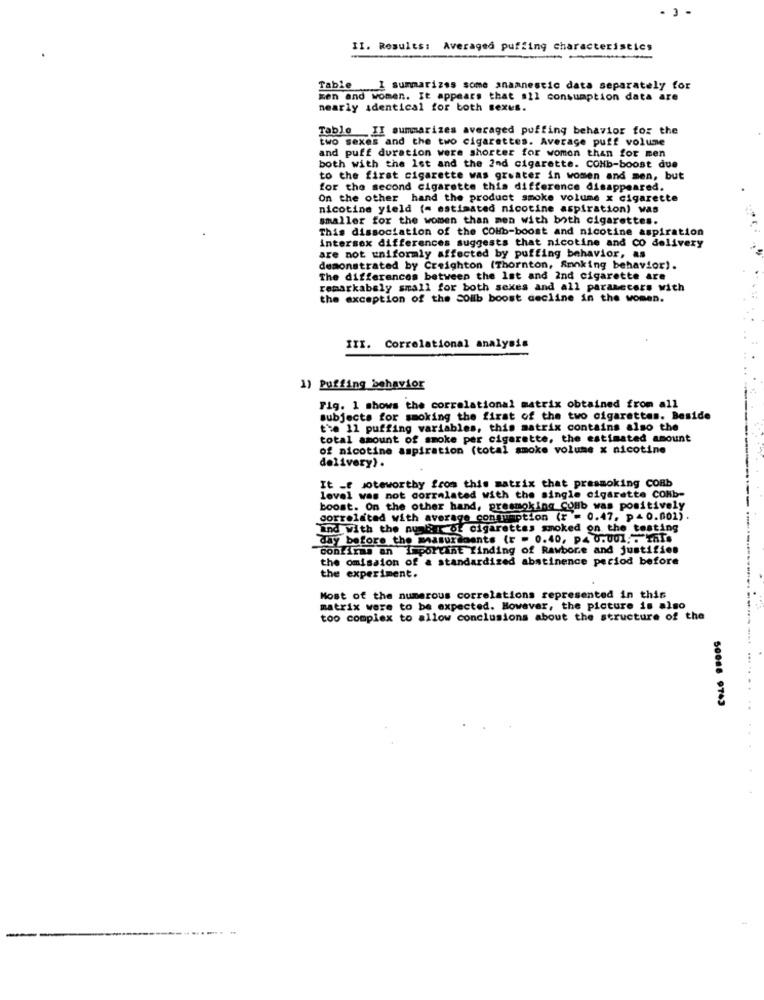
II. Results: Averaged puffing characteristics
Table I summarizes some anamnestic data separately for
men and women. It appears that all consumption data are
nearly identical for both sexus.
Table II summarizes averaged puffing behavior for the
two sexes and the two cigarettes. Average puff volume
and puff duration were shorter for women than for men
both with the Ist and the 2nd cigarette. CONb-boost due
to the first cigarette was greater in women and men, but
for the second cigarette this difference disappeared.
On the other hand the product smoke volume x cigarette
nicotine yield (= estimated nicotine aspiration) was
smaller for the women than men with both cigarettes.
This dissociation of the COHb-boost and nicotine aspiration
intersex differences suggests that nicotine and CO delivery
are not uniformly affected by puffing behavior, as
demonstrated by Creighton (Thornton, Smoking behavior).
The differences between the 1st and 2nd cigarette are
remarkabely small for both sexes and all parameters with
the exception of the Soilb boost decline in the women.
III. Correlational analysis
1) Puffing behavior
Fig. 1 shows the correlational matrix obtained from all
subjects for smoking the first of the two cigarettes. Beside
the 11 puffing variables, this matrix contains also the
total amount of smoke per cigarette, the estimated amount
of nicotine aspiration (total smoke volume x nicotine
delivery).
It -f noteworthy from this matrix that prasmoking CORb
lovel was not correlated with the single cigarette CONb-
boost. On the other hand, presmoking Comb was positively
correlated with average consumption (r = 0.47, p= 0.001).
and with the number of cigarettes smoked on the testing
day before the maasurigants (r = 0.40, p4 0.001 ;. YHT.
confirma an Important finding of Rawbore and justifies
the omission of a standardized abstinence period before
the experiment.
Most of the numerous correlations represented in this
matrix were to be expected. However, the picture is also
too complex to allow conclusions about the structure of the
...
50086 9743